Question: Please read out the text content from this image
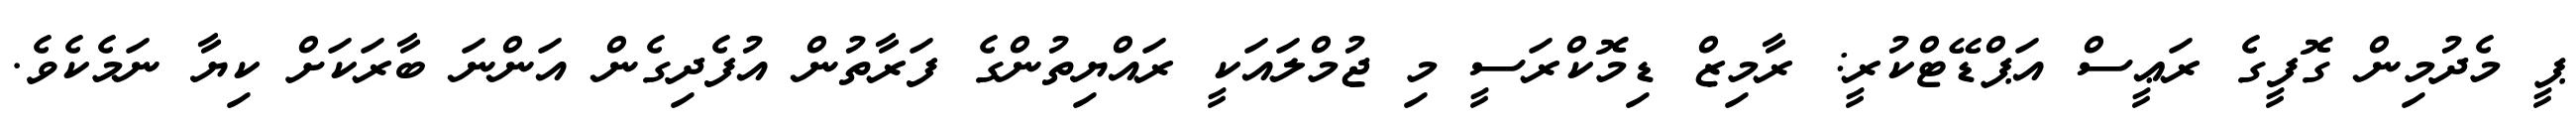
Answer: ޕީ މެދުމިން ގޮފީގެ ރަޢީސް އަޕްޑޭޓްކުރީ: ރާމިޒް ޑިމޮކްރަސީ މި ޖުމްލައަކީ ރައްޔިތުންގެ ފަރާތުން އުފެދިގެން އަންނަ ބާރަކަށް ކިޔާ ނަމެކެވެ.